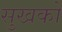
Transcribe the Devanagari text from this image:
सुखको